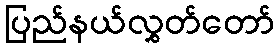
ပြည်နယ်လွှတ်တော်